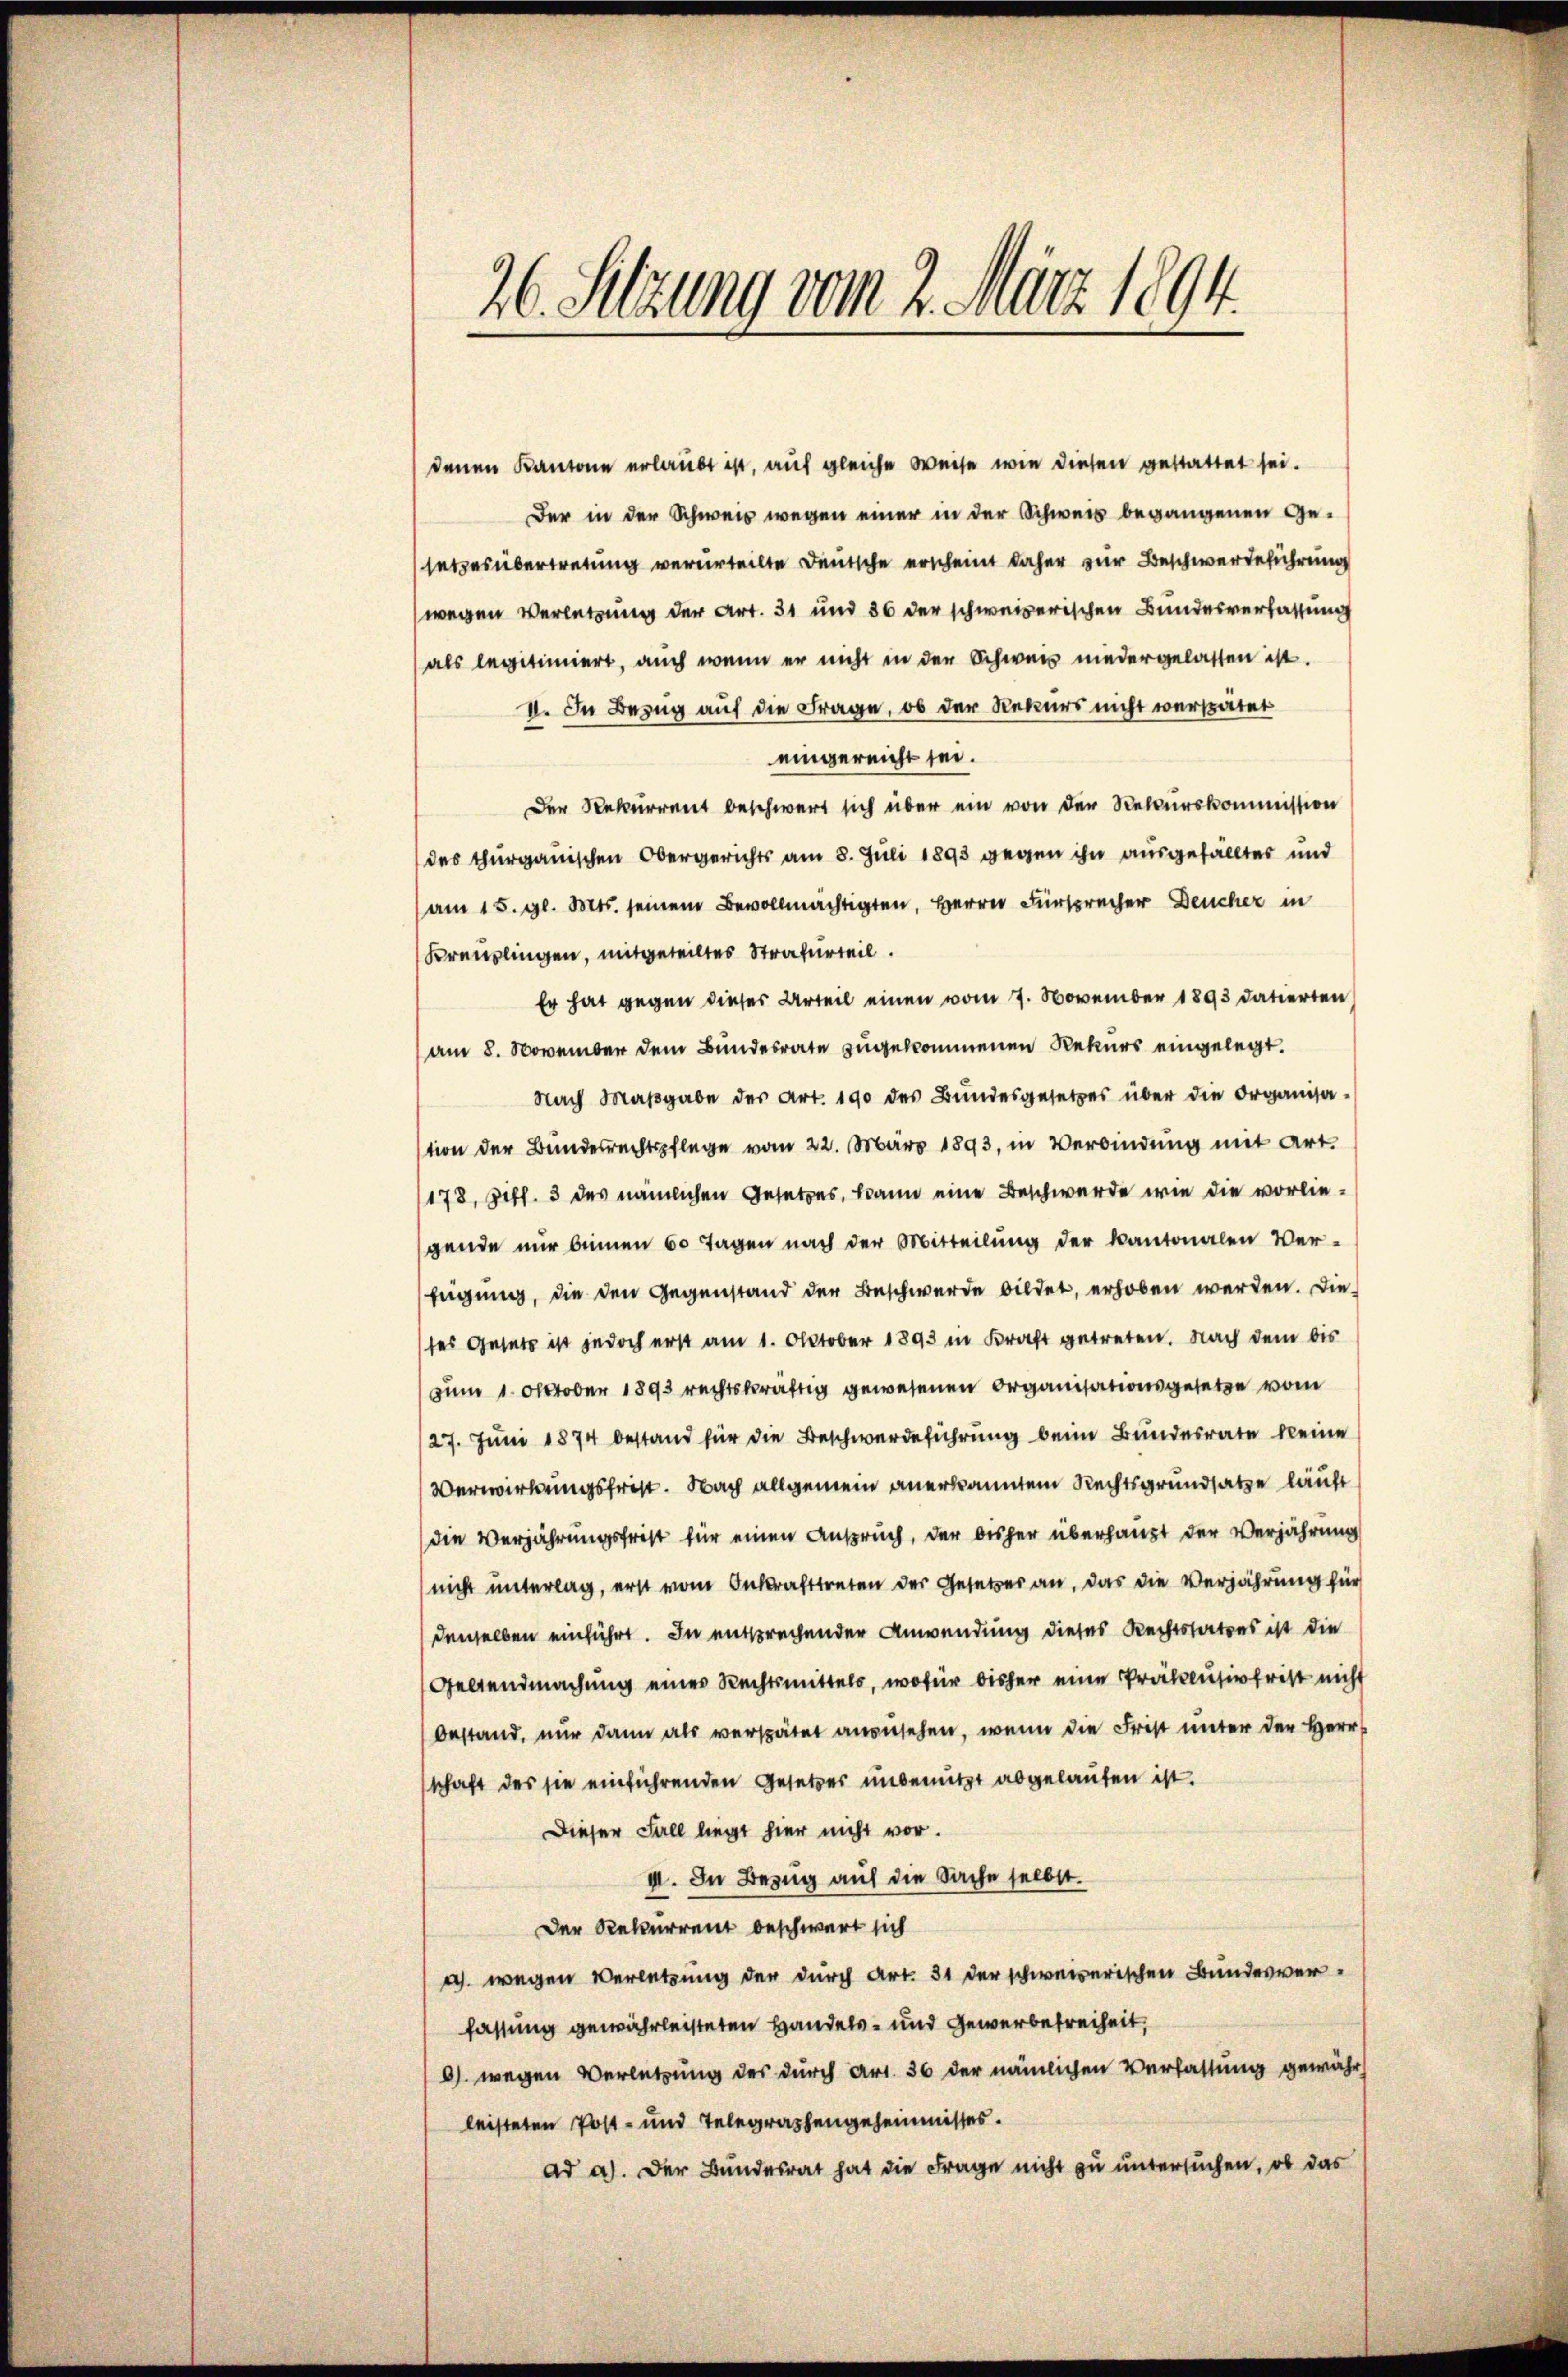
26. Setzung vom 2. März 1894.

denen Kantone erlaubt ist, auf gleiche Weise wie diesen gestattet sei.
Der in der Schweis wegen einer in der Schwer begangenen Gesetzesübertretung verurteilte Deutsche erscheint daher zur Beschwerdeführung
wegen Verletzung der Art. 31 und 86 der schweizerischen Bundesverfassung
als legitimiert, auch wenn er nicht in der Schweiz niedergelassen ist.
VI. In Bezug auf die Frage, ob der Rekurs nicht verspätet
eingereicht sei.
Der Rekurrent beschwert sich über ein von der Rekurskommission
des Thurgauischen Obergerichts am 8. Juli 1893 gegen ihn ausgefällter und
am 15. gl. Mts. seinem Bevollmächtigten, Herrn Fürsprecher Deucher in
Kreuzlingen, mitgeteiltes Strafurteil.
Er hat gegen dieses Urteil einen vom 7. November 1893 datierten
(am 8. November dem Bundesrate zugekommenen Rekurs eingelegt.
Nach Maßgabe des Art. 190 des Bundesgesetzes über die Organisation der Bundesrechtspflege vom 22. März 1893, in Verbindung mit Art.
178, Ziff. 3 des nämlichen Gesetzes, kann eine Beschwerde wie die vorliegende nur binnen 60 Tagen nach der Mitteilung der kantonalen Ver-
fügung, die den Gegenstand der Beschwerde bildet, erhoben werden. Die
ses Gesetz ist jedoch erst am 1. Oktober 1893 in Kraft getreten. Nach dem bis
zum 1. Oktober 1893 rechtskräftig gewesenen Organisationsgesetze vom
127. Juni 1874 bestand für die Beschwerdeführung beim Bundesrate kleine
Verwirkungsfrist. Nach allgemein anerkannten Rechtsgrundsatze läuft
(die Verjährungsfrist für einen Anspruch, der bisher überhaupt der Verjährung
nicht unterlag, erst vom Inkrafttreten der Gesetzes an, das die Verjährung für
denselben einführt. In entsprechender Anwendung dieses Rechtssatzes ist die
Geltendmachung eines Rechtsmittels, wofür bisher eine Präklusivfrist nicht
bestand, nur dann als verspätet anzusehen, wenn die Frist unter der Herr
schaft des sie einführenden Gesetzes unbenutzt abgelaufen ist.
Dieser Fall liegt hier nicht vor.
II. In Bezug auf die Sache selbst.
Der Rekurrent beschwert sich
a. wegen Verletzung der durch Art. 31 der schweizerischen Bundesverfassung gewährleisteten Handels- und Gewerbefreiheit,
9. wegen Verletzung des durch Art. 36 der nämlichen Verfassung gewähr
leisteten Post- und Telegraphengeheimisses.
Ad a). Der Bundesrat hat die Frage nicht zu untersuchen, ob das